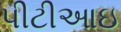
પીટીઆઇ